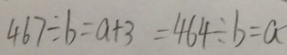
4 6 7 \div b = a + 3 = 4 6 4 \div b = a -